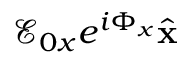
\mathcal { E } _ { 0 x } e ^ { i \Phi _ { x } } \hat { \mathbf { x } }